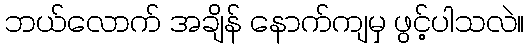
ဘယ်လောက် အချိန် နောက်ကျမှ ဖွင့်ပါသလဲ။